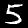
Label: 5